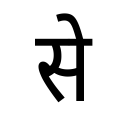
OCR:
से